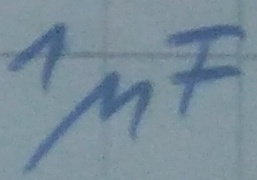
Text: 1µF